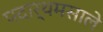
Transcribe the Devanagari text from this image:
पदार्थमसाले